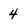
Character: 4